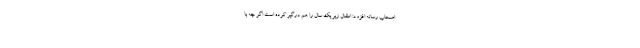
اصحاب رسانه افزود: اطفال زیر یک سال را هم درگیر کرده است اگر چه با